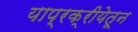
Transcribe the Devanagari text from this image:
याप्रक्रीयेतून